Plague in India, 1896, 1897 - Volume 1
Year: 1896
Disease focus: Plague
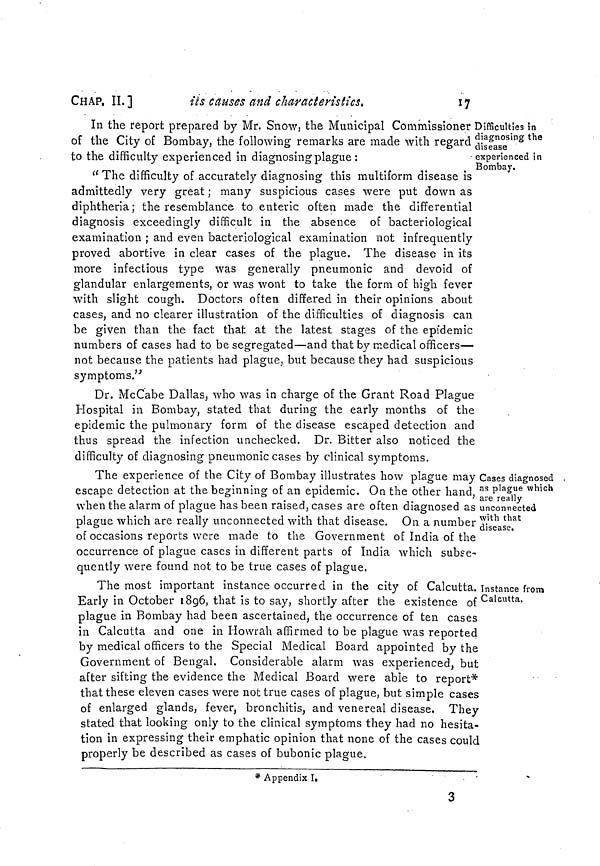
CHAP. IL]
its causes and characteristics.
17
Difficulties in
diagnosing the
disease
experienced in
Bombay.
In the report prepared by Mr. Snow, the Municipal Commissioner
of the City of Bombay, the following remarks are made with regard
to the difficulty experienced in diagnosing plague :
" The difficulty of accurately diagnosing this multiform disease is
admittedly very great ; many suspicious cases were put down as
diphtheria; the resemblance to enteric often made the differential
diagnosis exceedingly difficult in the absence of bacteriological
examination ; and even bacteriological examination not infrequently
proved abortive in clear cases of the plague. The disease in its
more infectious type was generally pneumonic and devoid of
glandular enlargements, or was wont to take the form of high fever
with slight cough. Doctors often differed in their opinions about
cases, and no clearer illustration of the difficulties of diagnosis can
be given than the fact that at the latest stages of the epidemic
numbers of cases had to be segregated—and that by medical officers—-
not because the patients had plague, but because they had suspicious
symptoms.''
Dr. McCabe Dallas, who was in charge of the Grant Road Plague
Hospital in Bombay, stated that during the early months of the
epidemic the pulmonary form of the disease escaped detection and
thus spread the infection unchecked. Dr. Bitter also noticed the
difficulty of diagnosing pneumonic cases by clinical symptoms.
Cases diagnosed
as plague which
are really
unconnected
with that
disease.
The experience of the City of Bombay illustrates how plague may
escape detection at the beginning of an epidemic. On the other hand,
when the alarm of plague has been raised, cases are often diagnosed as
plague which are really unconnected with that disease. On a number
of occasions reports were made to the Government of India of the
occurrence of plague cases in different parts of India which subse-
quently were found not to be true cases of plague.
Instance from
Calcutta.
The most important instance occurred in the city of Calcutta.
Early in October 1896, that is to say, shortly after the existence of
plague in Bombay had been ascertained, the occurrence of ten cases
in Calcutta and one in Howrāh affirmed to be plague was reported
by medical officers to the Special Medical Board appointed by the
Government of Bengal. Considerable alarm was experienced, but
after sifting the evidence the Medical Board were able to report*
that these eleven cases were not true cases of plague, but simple cases
of enlarged glands, fever, bronchitis, and venereal disease. They
stated that looking only to the clinical symptoms they had no hesita-
tion in expressing their emphatic opinion that none of the cases could
properly be described as cases of bubonic plague.
* Appendix I.
3